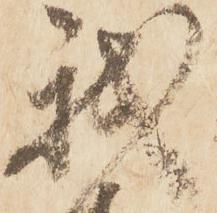
我